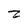
Character: Z